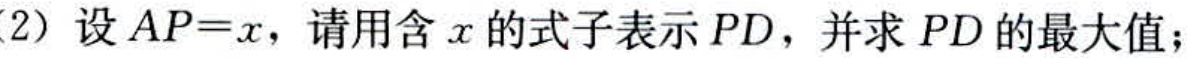
(2) 设 \(AP = x\)，请用含 \(x\) 的式子表示 \(PD\)，并求 \(PD\) 的最大值；